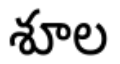
శూల